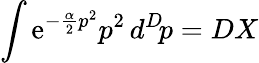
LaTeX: \int\mathrm{e}^{-{\frac{{\alpha}}{{2}}}p^{2}}p^{2}\, d^{D}\! p=DX